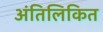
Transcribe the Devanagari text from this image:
अंतिलिकित